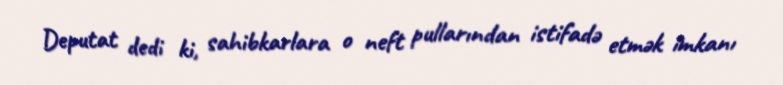
Deputat dedi ki, sahibkarlara o neft pullarından istifadə etmək imkanı